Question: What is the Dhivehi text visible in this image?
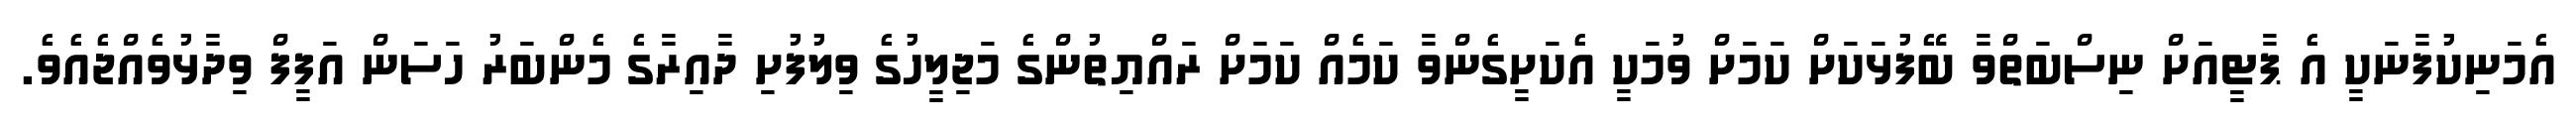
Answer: އެމަނިކުފާނަކީ އެ ޕާޓީއަށް ނިސްބަތްވާ ބޭފުޅަކަށް ކަމަށް ވުމަކީ އެކަށީގެންވާ ކަމެއް ކަމަށް ރައްޔިތުންގެ މަޖިލީހުގެ ވިލުފުށި ދާއިރާގެ މެންބަރު ހަސަން އަފީފް ވިދާޅުވެއްޖެއެވެ.